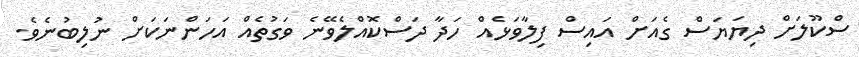
ސްކޫލަށް ދިޔަޔަސް ގެއަށް އައިސް ފިލާވަޅެއް ހަދާ ދަސްކޮއްލެވޭނެ ވަގުތެއް އަހަންނަކަށް ނުލިބުނެވެ.